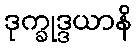
ဒုက္ခုဒ္ဒယာနိ